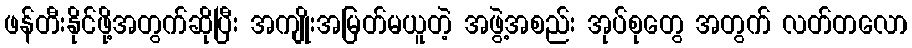
ဖန်တီးနိုင်ဖို့အတွက်ဆိုပြီး အကျိုးအမြတ်မယူတဲ့ အဖွဲ့အစည်း အုပ်စုတွေ အတွက် လတ်တလော